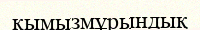
қымызмұрындық